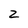
Character: 2